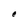
Character: e